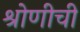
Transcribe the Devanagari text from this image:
श्रोणीची